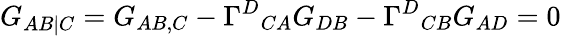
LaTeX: G_{AB|C}=G_{AB,C}-\Gamma^{D}{}_{CA}G_{DB}-\Gamma^{D}{}_{CB}G_{AD}=0